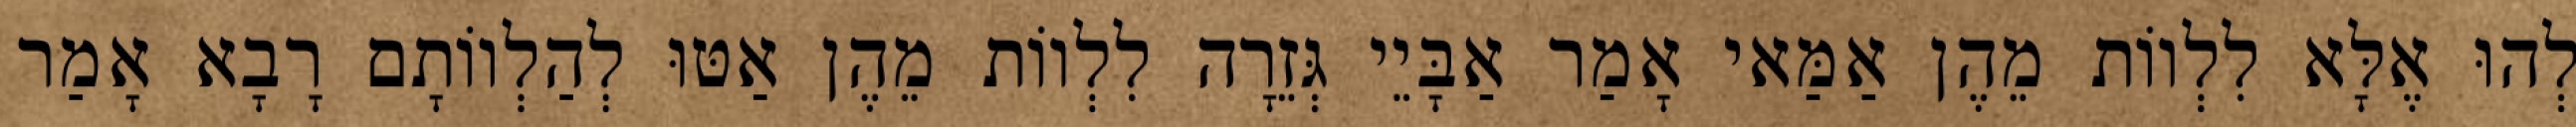
לְהוּ אֶלָּא לִלְווֹת מֵהֶן אַמַּאי אָמַר אַבָּיֵי גְּזֵרָה לִלְווֹת מֵהֶן אַטּוּ לְהַלְווֹתָם רָבָא אָמַר